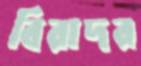
বিরাদর